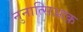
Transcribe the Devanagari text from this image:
नुनात्सिआक़